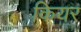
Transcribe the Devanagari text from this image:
कियर